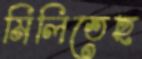
মিলিতেছ